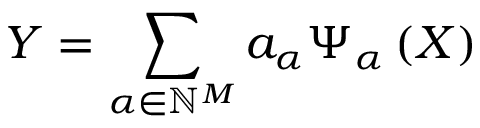
\boldsymbol { Y } = \sum _ { \boldsymbol { \alpha } \in \mathbb { N } ^ { M } } \boldsymbol { a _ { \alpha } } \Psi _ { \boldsymbol { \alpha } } \left( \boldsymbol { X } \right)